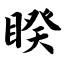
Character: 睽